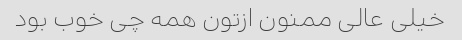
خیلی عالی ممنون ازتون همه چی خوب بود